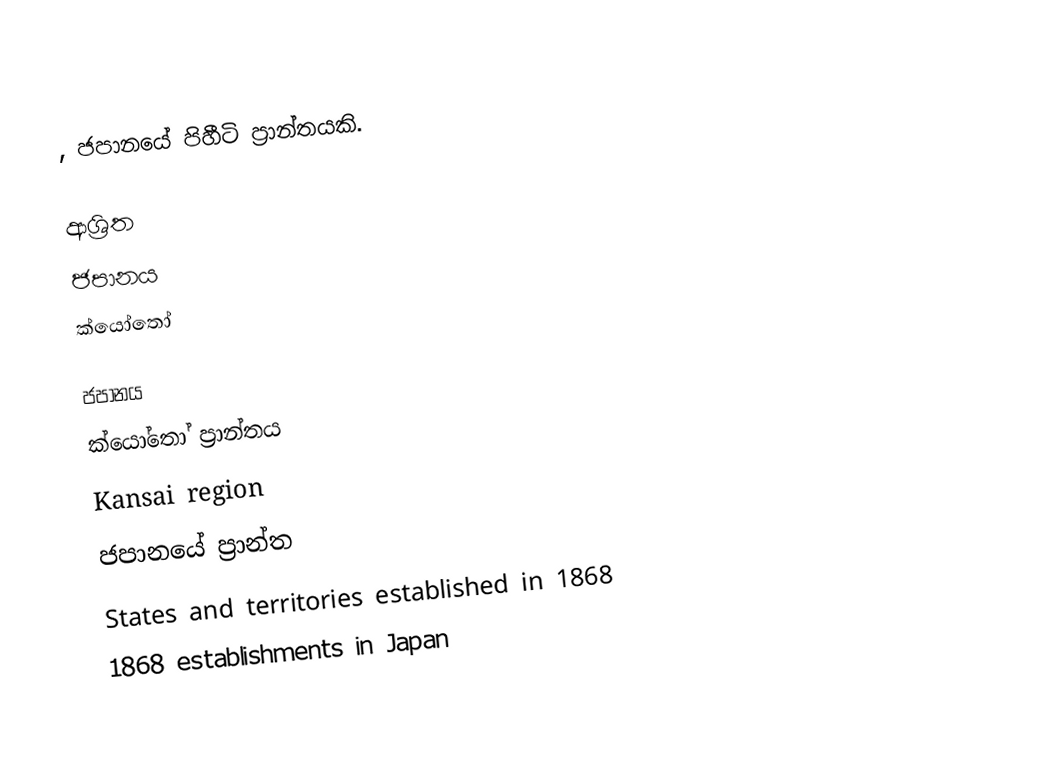
, ජපානයේ පිහීටි ප්‍රාන්තයකි.

ආශ්‍රිත
 ජපානය
 ක්යෝතෝ

ජපානය
ක්යෝතෝ ප්‍රාන්තය
Kansai region
ජපානයේ ප්‍රාන්ත
States and territories established in 1868
1868 establishments in Japan